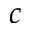
c